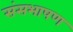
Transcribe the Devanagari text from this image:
संसभाषण